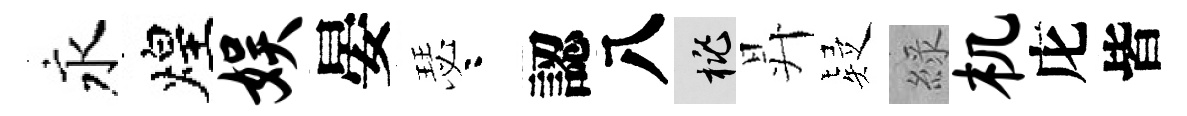
永煌娱晏瑟咯認八桃昇疑綠机庀皆